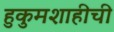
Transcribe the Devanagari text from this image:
हुकुमशाहीची